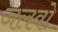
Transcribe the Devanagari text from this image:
जलवो